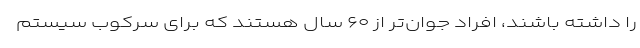
را داشته باشند، افراد جوان‌تر از ۶۰ سال هستند که برای سرکوب سیستم